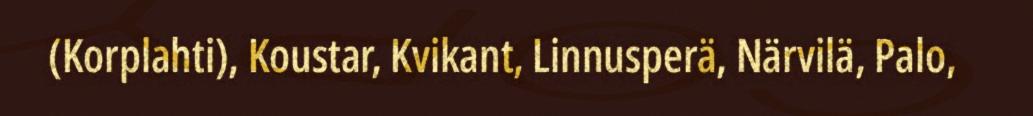
(Korplahti), Koustar, Kvikant, Linnusperä, Närvilä, Palo,